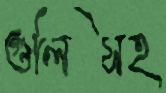
গুলিসহ